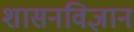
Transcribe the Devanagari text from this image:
शासनविज्ञान